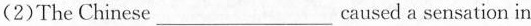
(2)The Chinese___caused a sensation in